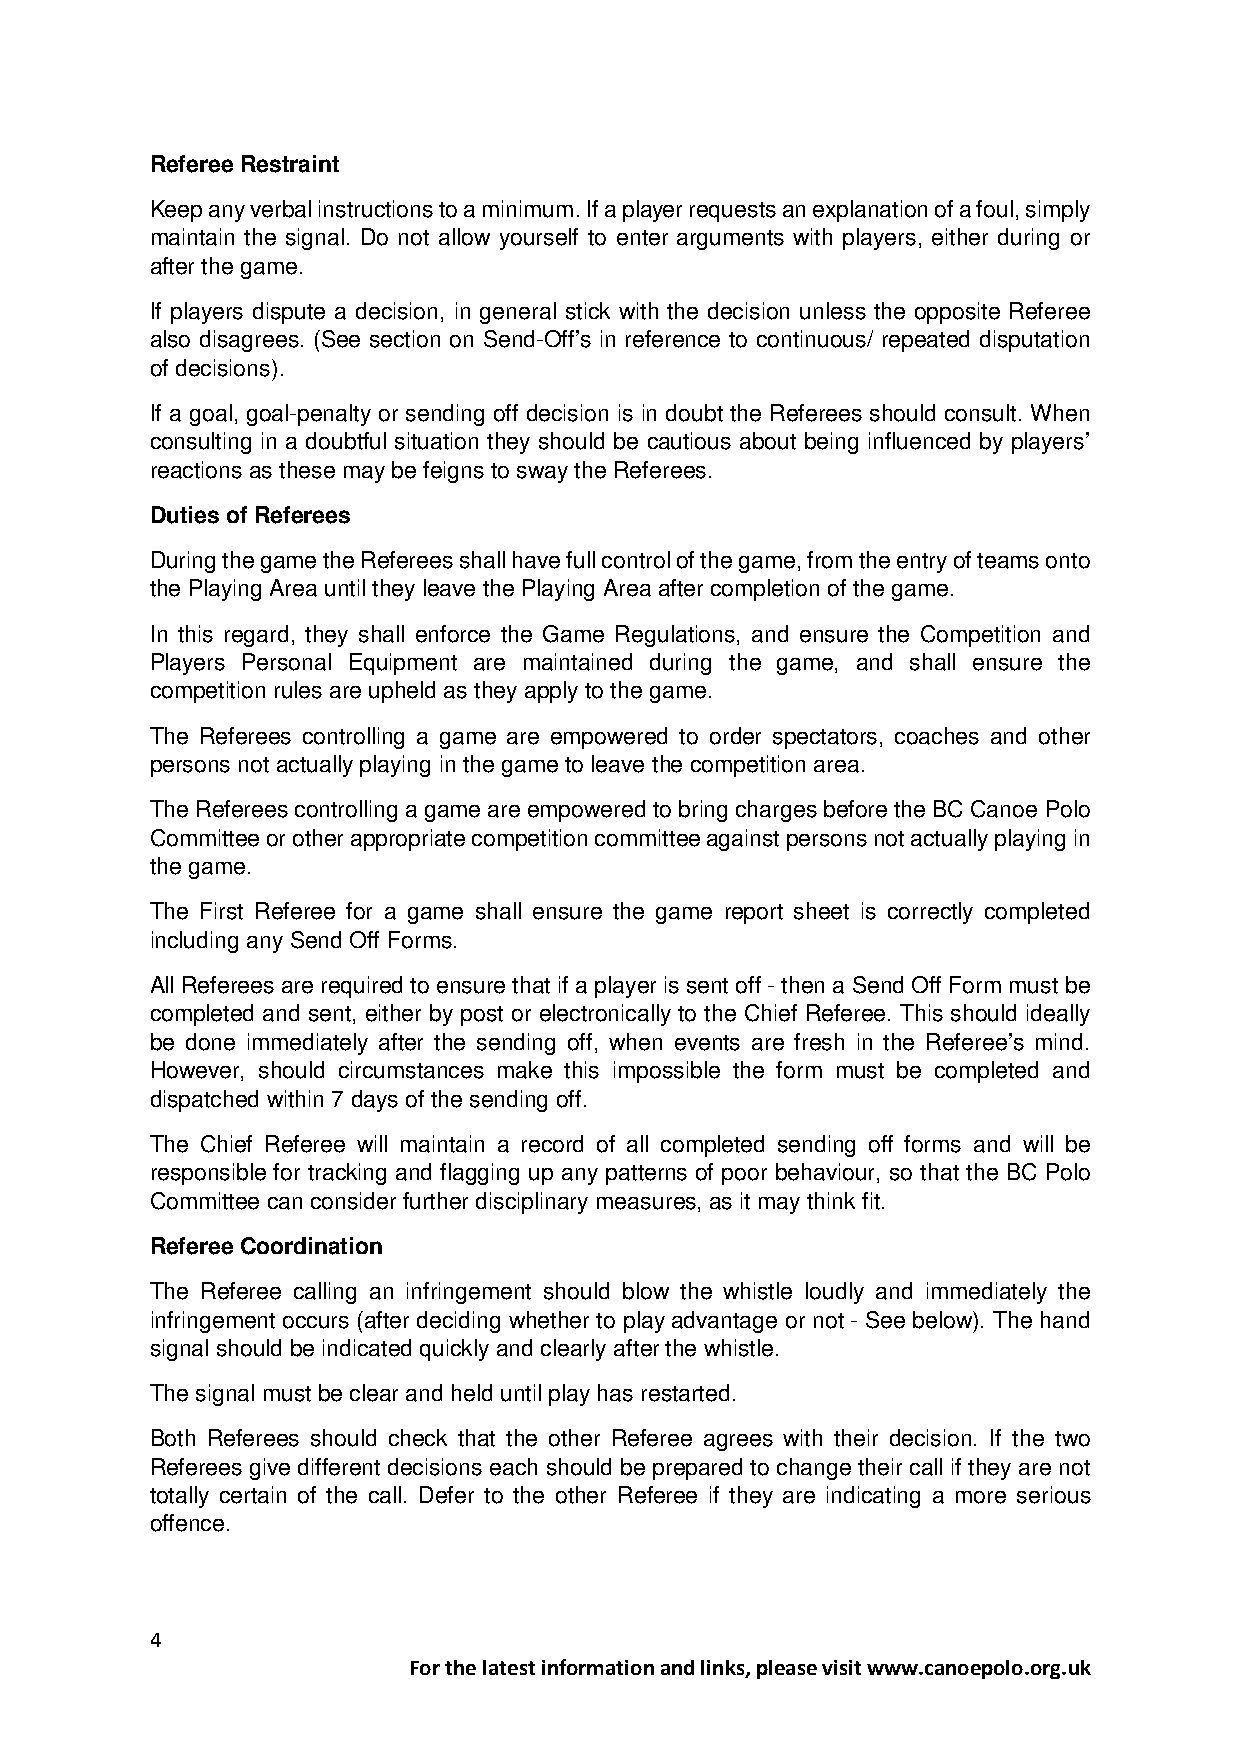
Referee Restraint
 Keep any verbal instructions to a minimum. If a player requests an explanation of a foul, simply
 maintain the signal. Do not allow yourself to enter arguments with players, either during or
 after the game.
 If players dispute a decision, in general stick with the decision unless the opposite Referee
 also disagrees. (See section on Send-Off’s in reference to continuous/ repeated disputation
 of decisions).
 If a goal, goal-penalty or sending off decision is in doubt the Referees should consult. When
 consulting in a doubtful situation they should be cautious about being influenced by players’
 reactions as these may be feigns to sway the Referees.
 Duties of Referees
 During the game the Referees shall have full control of the game, from the entry of teams onto
 the Playing Area until they leave the Playing Area after completion of the game.
 In this regard, they shall enforce the Game Regulations, and ensure the Competition and
 Players Personal Equipment are maintained during the game, and shall ensure the
 competition rules are upheld as they apply to the game.
 The Referees controlling a game are empowered to order spectators, coaches and other
 persons not actually playing in the game to leave the competition area.
 The Referees controlling a game are empowered to bring charges before the BC Canoe Polo
 Committee or other appropriate competition committee against persons not actually playing in
 the game.
 The First Referee for a game shall ensure the game report sheet is correctly completed
 including any Send Off Forms.
 All Referees are required to ensure that if a player is sent off - then a Send Off Form must be
 completed and sent, either by post or electronically to the Chief Referee. This should ideally
 be done immediately after the sending off, when events are fresh in the Referee’s mind.
 However, should circumstances make this impossible the form must be completed and
 dispatched within 7 days of the sending off.
 The Chief Referee will maintain a record of all completed sending off forms and will be
 responsible for tracking and flagging up any patterns of poor behaviour, so that the BC Polo
 Committee can consider further disciplinary measures, as it may think fit.
 Referee Coordination
 The Referee calling an infringement should blow the whistle loudly and immediately the
 infringement occurs (after deciding whether to play advantage or not - See below). The hand
 signal should be indicated quickly and clearly after the whistle.
 The signal must be clear and held until play has restarted.
 Both Referees should check that the other Referee agrees with their decision. If the two
 Referees give different decisions each should be prepared to change their call if they are not
 totally certain of the call. Defer to the other Referee if they are indicating a more serious
 offence.
 4
 For the latest information and links, please visit www.canoepolo.org.uk